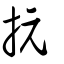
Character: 抏